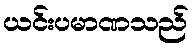
ယင်းပမာဏသည်